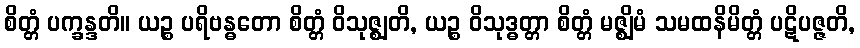
စိတ္တံ ပက္ခန္ဒတိ။ ယဉ္စ ပရိဗန္ဓတော စိတ္တံ ဝိသုဇ္ဈတိ, ယဉ္စ ဝိသုဒ္ဓတ္တာ စိတ္တံ မဇ္ဈိမံ သမထနိမိတ္တံ ပဋိပဇ္ဇတိ,